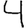
Digit: 4